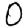
Digit: 0